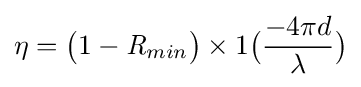
\eta ={\big (}1-{\mathit {R}}_{min}{\big )}\times 1{\big (}{\frac {-4\pi d}{\lambda }}{\big )}